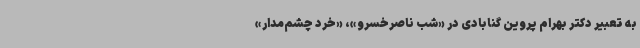
به تعبیر دکتر بهرام پروین گنابادی در «شب ناصرخسرو»، «خرد چشم‌مدار»